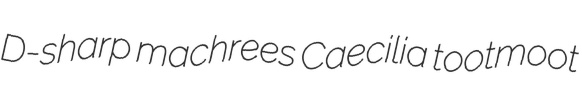
D-sharp machrees Caecilia tootmoot